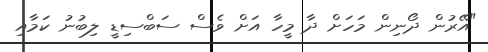
"އޭރުން ދޯނިން މަހަށް ދާ މީހާ އަށް ވެސް ސަބްސިޑީ ލިބުނު ކަމާއި